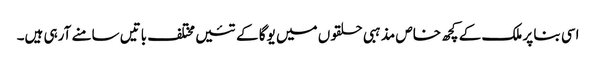
اسی بنا پر ملک کے کچھ خاص مذہبی حلقوں میں یوگا کے تئیں مختلف باتیں سامنے آرہی ہیں۔